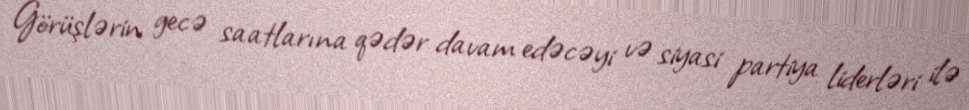
Görüşlərin gecə saatlarına qədər davam edəcəyi və siyasi partiya liderləri ilə